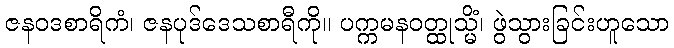
ဇနဝဒစာရိကံ၊ ဇနပုဒ်ဒေသစာရီကို။ ပက္ကမနဝတ္ထုသ္မိံ၊ ဖွဲသွားခြင်းဟူသော